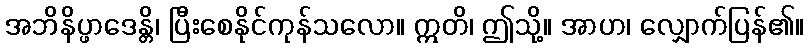
အဘိနိပ္ဖာဒေန္တိ၊ ပြီးစေနိုင်ကုန်သလော။ ဣတိ၊ ဤသို့။ အာဟ၊ လျှောက်ပြန်၏။